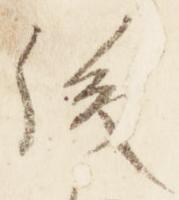
後